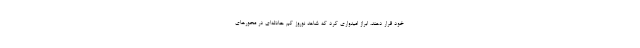
خود قرار دهند، ابراز امیدواری کرد که شاهد نوروز کم حادثه‌ای در محورهای